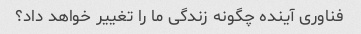
فناوری آینده چگونه زندگی ما را تغییر خواهد داد؟